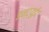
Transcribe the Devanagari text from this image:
इन्ट्युईट